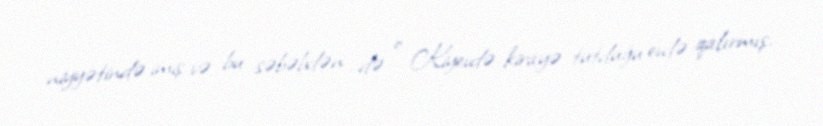
niyyətində imiş və bu səbəbdən də o Kiyevdə kirayə tutduğu evdə qalırmış.